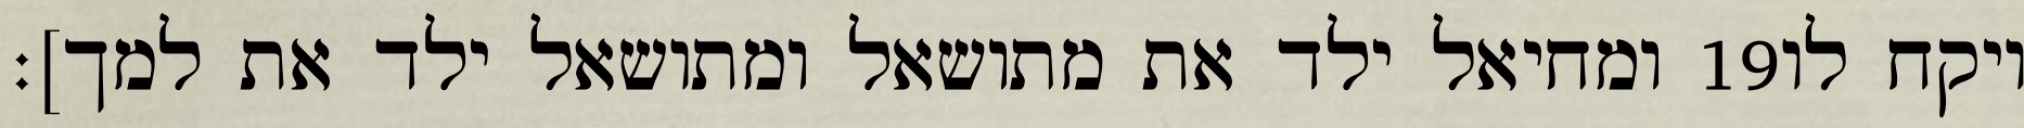
ומחיאל ילד את מתושאל ומתושאל ילד את למך]׃ ‎19‏ ויקח לו